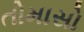
તોમાસો